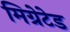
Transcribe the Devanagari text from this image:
मिग्रेटेड